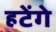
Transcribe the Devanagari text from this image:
हटेंगे